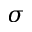
\sigma